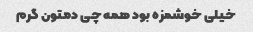
خیلی خوشمزه بود همه چی دمتون گرم